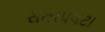
સતાપલટા